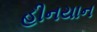
હીનયાન